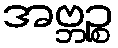
အဗ္ဘဉ္စ